Sketch of the medical history of the native army of Bombay, for the year
Year: 1876
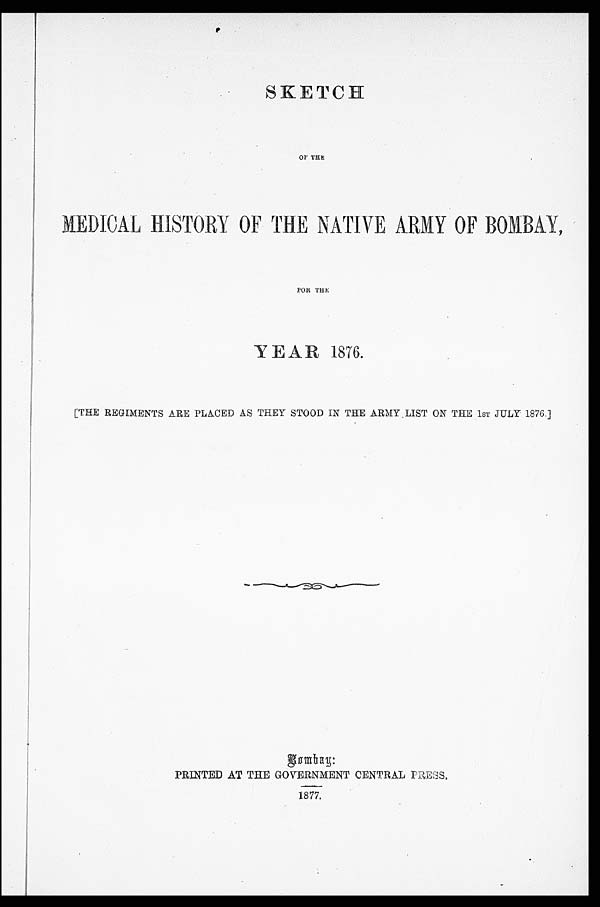
SKETCH
OF THE
MEDICAL HISTORY OF THE NATIVE ARMY OF BOMBAY,
POR THE
[THE REGIMENTS ARE PLACED AS THEY STOOD IN THE ARMY LIST ON THE 1ST JULY 1876.]
Bombay:
PRINTED AT THE GOVERNMENT CENTRAL PRESS.
1877.